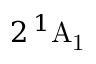
2 \, ^ { 1 } \mathrm { A _ { 1 } }